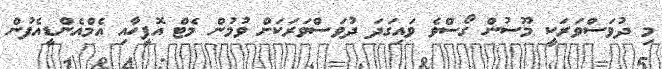
މި ދުވަސްވަރަކީ މޫސުން ގޯސްވެ ވައިގަދަ ދުވަސްވަރަކަށް ވުމުން މެޓް އޮފީހާއި އެމްއެންޑީއެފުން